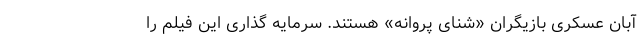
آبان عسکری بازیگران «شنای پروانه» هستند. سرمایه گذاری این فیلم را